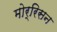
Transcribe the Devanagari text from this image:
मोर्रिसन